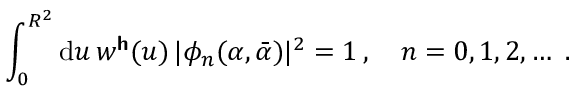
\int _ { 0 } ^ { R ^ { 2 } } \mathrm { d } u \, w ^ { \boldsymbol { \mathsf { h } } } ( u ) \, \vert \phi _ { n } ( \alpha , \bar { \alpha } ) \vert ^ { 2 } = 1 \, , \quad n = 0 , 1 , 2 , \dotsc \, \, .